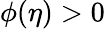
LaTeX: \phi(\eta)>0